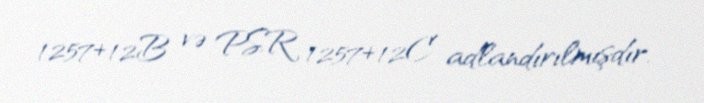
1257+12B və PSR 1257+12C adlandırılmışdır.